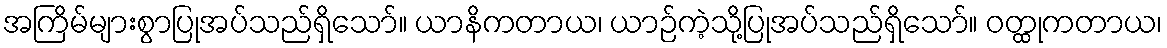
အကြိမ်များစွာပြုအပ်သည်ရှိသော်။ ယာနိကတာယ၊ ယာဉ်ကဲ့သို့ပြုအပ်သည်ရှိသော်။ ဝတ္ထုကတာယ၊